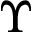
\Upsilon